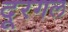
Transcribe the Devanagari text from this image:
दूरगल